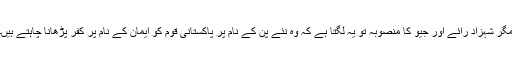
مگر شہزاد رائے اور جیو کا منصوبہ تو یہ لگتا ہے کہ وہ نئے پن کے نام پر پاکستانی قوم کو ایمان کے نام پر کفر پڑھانا چاہتے ہیں۔